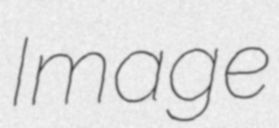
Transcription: Image